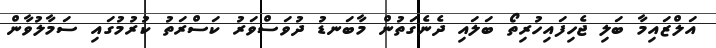
އަލްޒައިމާ ބަލި ޖެހިފައިހުރިތޯ ބަލައި ދެނެގަތުން މާބަނޑު ދުވަސްވަރު ކަސްރަތު ކުރުމުގައި ސަމާލުވާން